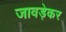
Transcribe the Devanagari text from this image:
जावड़ेकर